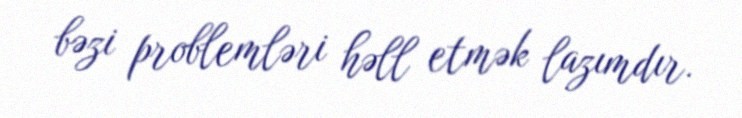
bəzi problemləri həll etmək lazımdır.